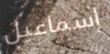
إسماعيل